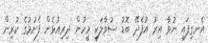
އެނގިފައި ނުވާ އިރު އުފެދޭ ބޮޑު ސުވާލަކީ މީހުން ދިރިއުޅެން ފެށުމުގެ ކުރިން